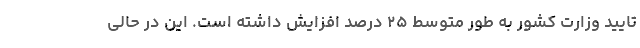
تایید وزارت کشور به طور متوسط ۲۵ درصد افزایش داشته است. این در حالی